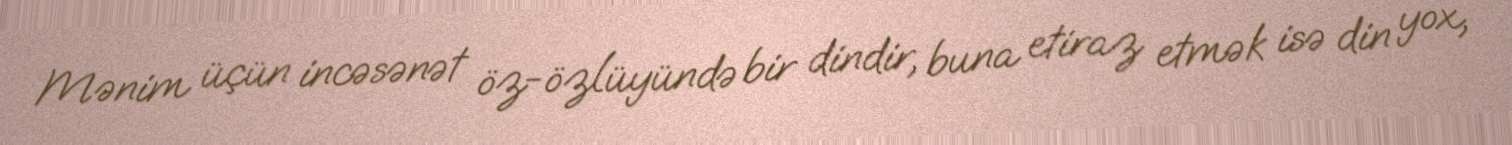
Mənim üçün incəsənət öz-özlüyündə bir dindir, buna etiraz etmək isə din yox,